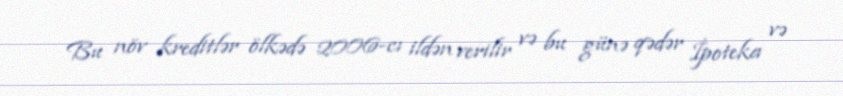
Bu növ kreditlər ölkədə 2006-cı ildən verilir və bu günə qədər İpoteka və